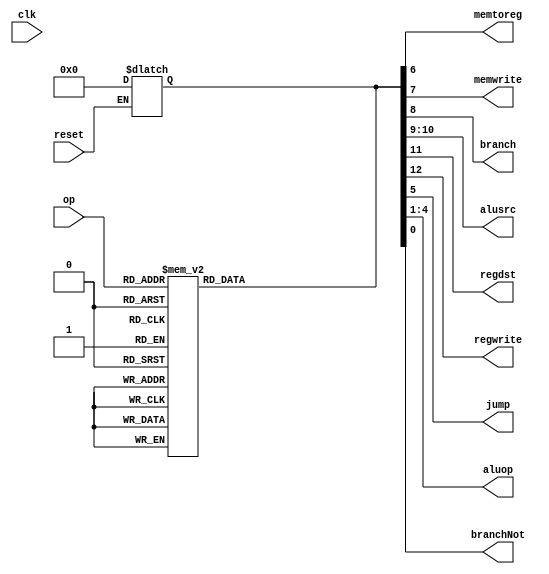
module controller( input clk, reset,
                input [5:0] op,
                output memtoreg, memwrite,
                output branch, 
                output [1:0] alusrc, //changed to 2-bit to accommodate the new mux3 module
                output regdst, regwrite,
                output jump,
                output [3:0] aluop,
                output branchNot);
  
  reg [12:0] controls; //bit size increased due to addition of branchNot and extension of alusrc 
  assign {regwrite, regdst, alusrc, branch, memwrite,
          memtoreg, jump, aluop, branchNot} = controls;
  always@(*) begin
  if (reset)
      controls <= 13'b0000000000000;
  end
  always@(op) begin
  case(op)
      6'b000000:  controls <= 13'b1100000001000; // RTYPE
      6'b100011:  controls <= 13'b1001001000000; // LW
      6'b101011:  controls <= 13'b0001010000000; // SW
      6'b000100:  controls <= 13'b0000100000010; // BEQ
      6'b000101:  controls <= 13'b0000000000011; // BNE
      6'b001000:  controls <= 13'b1001000000000; // ADDI
      6'b000010:  controls <= 13'b0000000100000; // J
      6'b001101:  controls <= 13'b1010000000110; // ORI
      6'b001001:  controls <= 13'b1001000000000; // ADDIU
      6'b001010:  controls <= 13'b1001000010000;  // SLTI
      6'b001011:  controls <= 13'b1001000010010;  // SLTIU
      6'b001111:  controls <= 13'b1001000011110;  // LUI
      6'b001100:  controls <= 13'b1001000010100;  // ANDI
      6'b001110:  controls <= 13'b1001000010110;  // XORI

      default: controls <= 13'b0000000000000; // illegal op
  endcase
end
endmodule